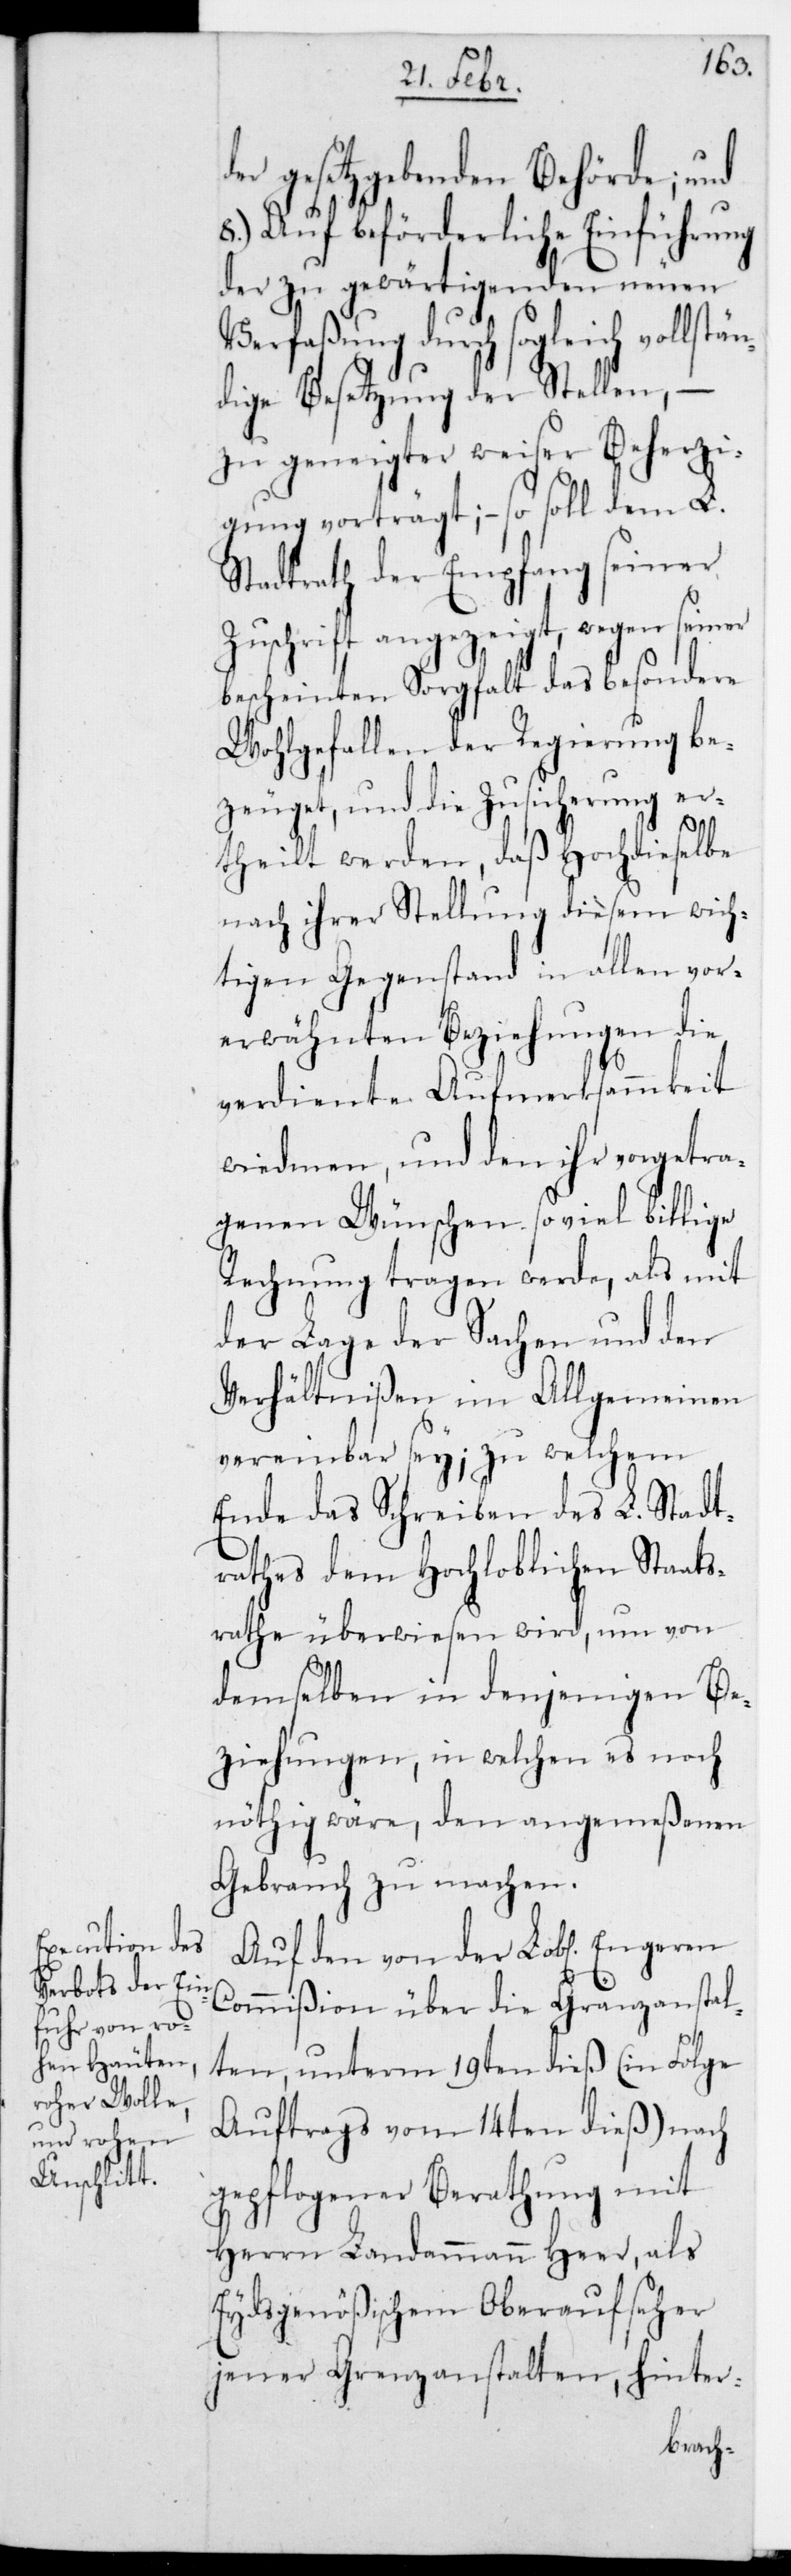
der gesetzgebenden Behörde.
8.) Auf beförderliche Einführung
der zu gewärtigenden neuen
Verfaßung durch sogleich vollstä¬
ndige Besetzung der Stellen, –
zu geneigter weiser Beherzi¬
gung vorträgt, – so soll dem L.
Stadtrath der Empfang seiner
Zuschrift angezeigt, wegen seiner
bescheinten Sorgfalt das besondere
Wohlgefallen der Regierung be¬
zeuget, und die Zusicherung er¬
theilt werden, daß Hochdieselbe
nach ihrer Stellung diesem wich¬
tigen Gegenstand in allen vor¬
erwähnten Beziehungen die
verdiente Aufmerksammkeit
widmen, und den ihr vorgetra¬
genen Wünschen so viel billige
Rechnung tragen werde, als mit
der Lage der Sachen und den
Verhältnißen im Allgemeinen
vereinbar sei; zu welchem
Ende das Schreiben des L. Stadt¬
rathes dem Hochloblichen Staats¬
rathe überwiesen wird, um von
demselben in denjenigen Be¬
ziehungen, in welchen es noch
nöthig wäre, den angemeßenen
Gebrauch zu machen.
Auf den von der L. Engeren
Commißion über die Grenzanstal¬
ten, unterm 19ten dieß (in Folge
Auftrags vom 14ten dieß) nach
gepflogener Berathung mit
Herrn Landammann Heer, als
Eydsgenößischem Oberaufseher
jener Grenzanstalten, hinter-